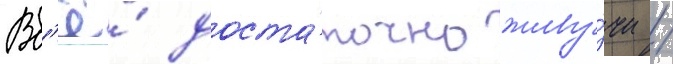
Вс'ё́ доста́точно живу́чи /